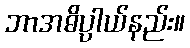
ဘာအဓိပ္ပာယ်နည်း။